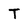
Character: T